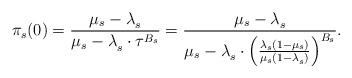
LaTeX: \begin{align*}\pi_s(0)=\frac{\mu_s-\lambda_s^{}} {\mu_s-\lambda_s^{} \cdot \tau^{B_s}} = \frac{\mu_s-\lambda_s^{}} {\mu_s-\lambda_s^{} \cdot \left(\frac{\lambda_s^{}(1-\mu_s)} {\mu_s (1-\lambda_s^{})}\right)^{B_s}}. \end{align*}